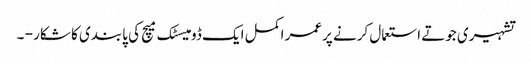
تشہیری جوتے استعمال کرنے پرعمر اکمل ایک ڈومیسٹک میچ کی پابندی کا شکار - ۔